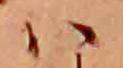
ハ